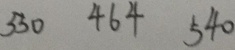
5 3 0 4 6 4 5 4 0